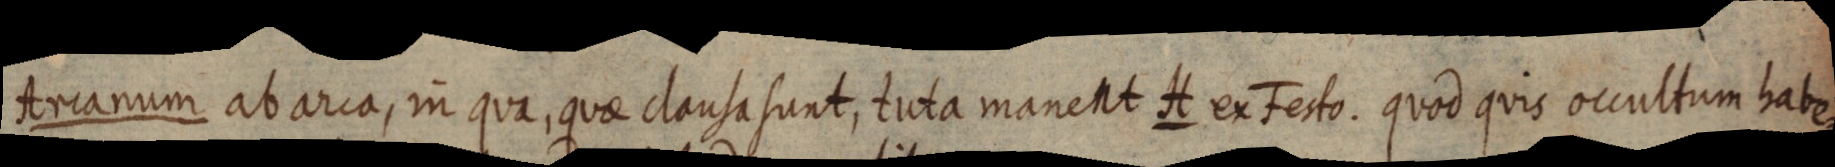
Arcanum ab arca, in qua, quae clausa sunt, tuta manent H ex Festo. quod quis occultum habe